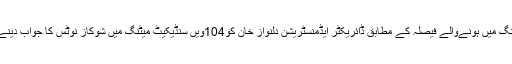
گزشتہ 103ویں سنڈیکیٹ میٹنگ میں ہونےوالے فیصلہ کے مطابق ڈائریکٹر ایڈمنسٹریشن دلنواز خان کو104ویں سنڈیکیٹ میٹنگ میں شوکاز نوٹس کا جواب دینے اور ذاتی شنوائی کا موقع ملا۔